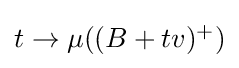
{\textstyle t\to \mu ((B+tv)^{+})}